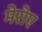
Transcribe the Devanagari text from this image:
मेरोए